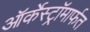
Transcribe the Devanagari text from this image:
ऑर्केस्ट्रॉमार्फत